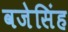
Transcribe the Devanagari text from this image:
वजेसिंह